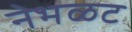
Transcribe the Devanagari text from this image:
नेभळट